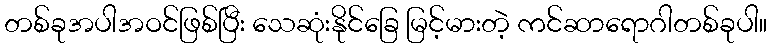
တစ်ခုအပါအဝင်ဖြစ်ပြီး သေဆုံးနိုင်ခြေ မြင့်မားတဲ့ ကင်ဆာရောဂါတစ်ခုပါ။